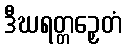
ဒီဃရတ္တဉှေတံ